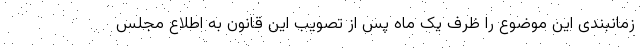
زمانبندی این موضوع را ظرف یک ماه پس از تصویب این قانون به اطلاع مجلس